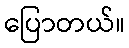
ပြောတယ်။